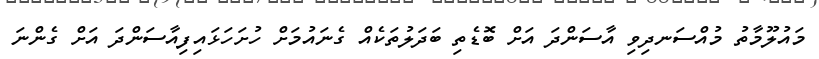
މައުލޫމާތު މުއްސަނދިވި އާސަންދަ އަށް ބޮޑެތި ބަދަލުތަކެއް ގެނައުމަށް ހުށަހަޅައިފިއާސަންދަ އަށް ގެންނަ